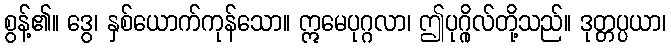
စွန့်၏။ ဒွေ၊ နှစ်ယောက်ကုန်သော။ ဣမေပုဂ္ဂလာ၊ ဤပုဂ္ဂိုလ်တို့သည်။ ဒုတ္တပ္ပယာ၊